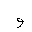
Letter: _waw